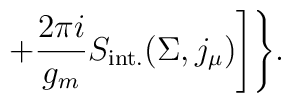
+\frac{2\pi i}{g_m}S_{\rm int.}(\Sigma, j_\mu)\Biggr]\Biggr\}.